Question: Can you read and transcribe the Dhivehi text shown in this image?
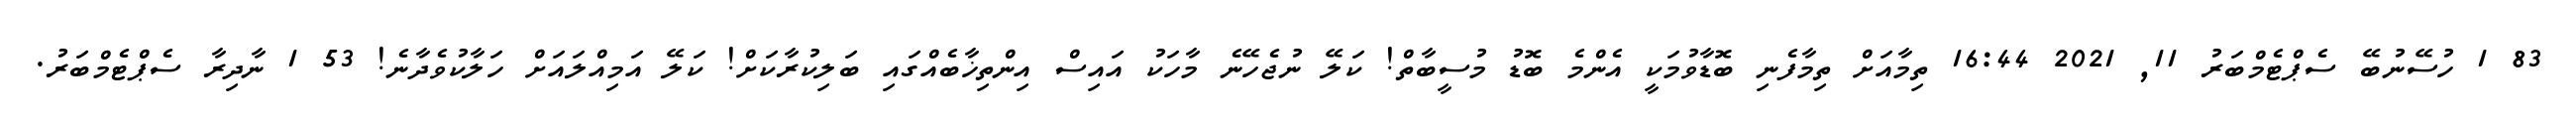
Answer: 83 1 ހުސޭނުބޭ ސެޕްޓެމްބަރު 11, 2021 16:44 ތިމާއަށް ތިމާފެނި ބޮޑާވުމަކީ އެންމެ ބޮޑު މުސީބާތް! ކަލޭ ނުޖެހޭނެ މާހަކު އައިސް އިންތިޚާބެއްގައި ބަލިކުރާކަށް! ކަލޭ އަމިއްލައަށް ހަލާކުވެދާނެ! 53 1 ނާދިރާ ސެޕްޓެމްބަރު.